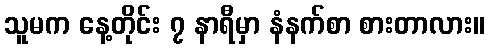
သူမက နေ့တိုင်း ၇ နာရီမှာ နံနက်စာ စားတာလား။